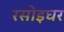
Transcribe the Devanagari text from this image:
रसोइघर